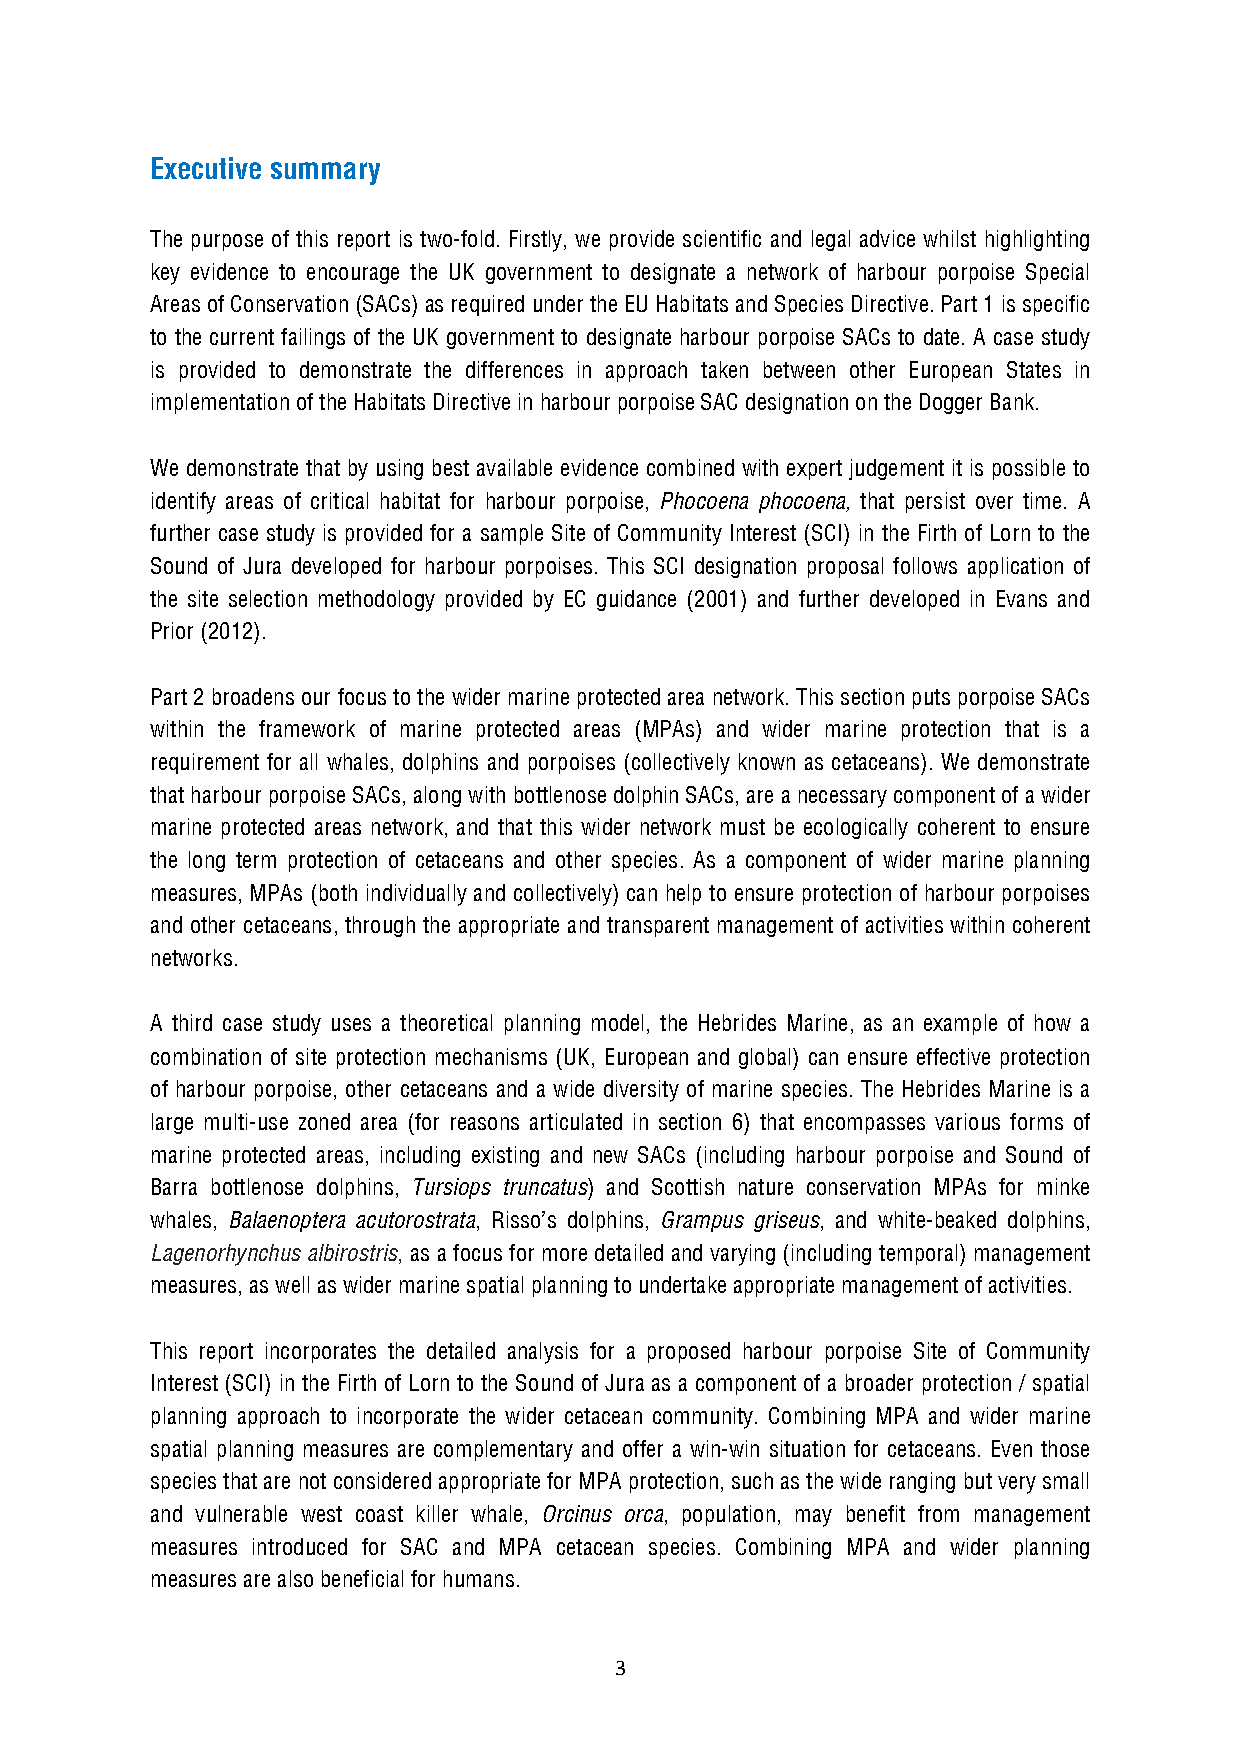
Executive summary
 The purpose of this report is two-fold. Firstly, we provide scientific and legal advice whilst highlighting
 key evidence to encourage the UK government to designate a network of harbour porpoise Special
 Areas of Conservation (SACs) as required under the EU Habitats and Species Directive. Part 1 is specific
 to the current failings of the UK government to designate harbour porpoise SACs to date. A case study
 is provided to demonstrate the differences in approach taken between other European States in
 implementation of the Habitats Directive in harbour porpoise SAC designation on the Dogger Bank.
 We demonstrate that by using best available evidence combined with expert judgement it is possible to
 identify areas of critical habitat for harbour porpoise, Phocoena phocoena, that persist over time. A
 further case study is provided for a sample Site of Community Interest (SCI) in the Firth of Lorn to the
 Sound of Jura developed for harbour porpoises. This SCI designation proposal follows application of
 the site selection methodology provided by EC guidance (2001) and further developed in Evans and
 Prior (2012).
 Part 2 broadens our focus to the wider marine protected area network. This section puts porpoise SACs
 within the framework of marine protected areas (MPAs) and wider marine protection that is a
 requirement for all whales, dolphins and porpoises (collectively known as cetaceans). We demonstrate
 that harbour porpoise SACs, along with bottlenose dolphin SACs, are a necessary component of a wider
 marine protected areas network, and that this wider network must be ecologically coherent to ensure
 the long term protection of cetaceans and other species. As a component of wider marine planning
 measures, MPAs (both individually and collectively) can help to ensure protection of harbour porpoises
 and other cetaceans, through the appropriate and transparent management of activities within coherent
 networks.
 A third case study uses a theoretical planning model, the Hebrides Marine, as an example of how a
 combination of site protection mechanisms (UK, European and global) can ensure effective protection
 of harbour porpoise, other cetaceans and a wide diversity of marine species. The Hebrides Marine is a
 large multi-use zoned area (for reasons articulated in section 6) that encompasses various forms of
 marine protected areas, including existing and new SACs (including harbour porpoise and Sound of
 Barra bottlenose dolphins, Tursiops truncatus) and Scottish nature conservation MPAs for minke
 whales, Balaenoptera acutorostrata, Risso’s dolphins, Grampus griseus, and white-beaked dolphins,
 Lagenorhynchus albirostris, as a focus for more detailed and varying (including temporal) management
 measures, as well as wider marine spatial planning to undertake appropriate management of activities.
 This report incorporates the detailed analysis for a proposed harbour porpoise Site of Community
 Interest (SCI) in the Firth of Lorn to the Sound of Jura as a component of a broader protection / spatial
 planning approach to incorporate the wider cetacean community. Combining MPA and wider marine
 spatial planning measures are complementary and offer a win-win situation for cetaceans. Even those
 species that are not considered appropriate for MPA protection, such as the wide ranging but very small
 and vulnerable west coast killer whale, Orcinus orca, population, may benefit from management
 measures introduced for SAC and MPA cetacean species. Combining MPA and wider planning
 measures are also beneficial for humans.
 3